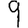
Digit: 9